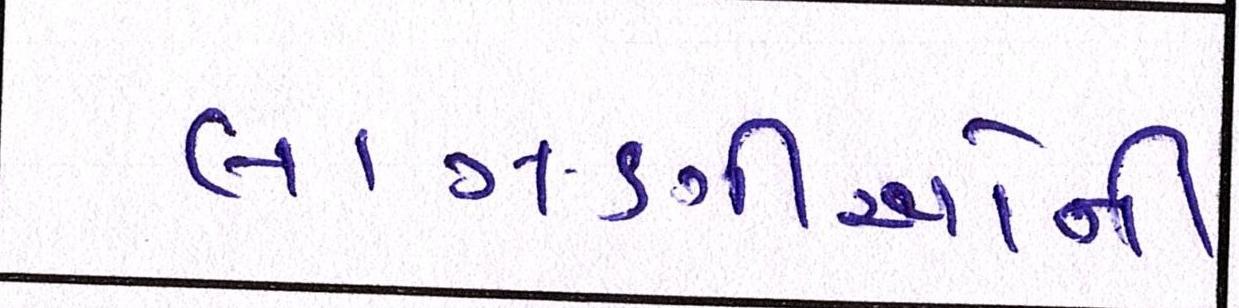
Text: લાગણીઓની